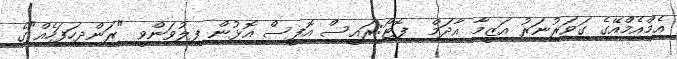
އެމްއެމްއޭގެ ގަވަރުނަރު އަޒީމާ އާދަމް  ފޮޓޯ:ރައީސް އޮފީސް އޮޅުން ފިލުވަންވީ "ރަންދިހަފަހެއް"ގެ